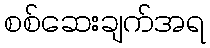
စစ်ဆေးချက်အရ